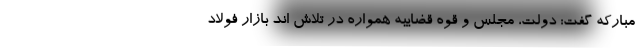
مبارکه گفت: دولت، مجلس و قوه قضاییه همواره در تلاش اند بازار فولاد